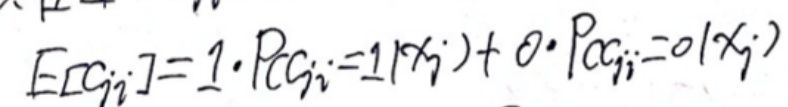
\[
E[G_{ji}]=1\cdot P(G_{ji}=1|x_j)+0\cdot P(G_{ji}=0|x_j)
\]